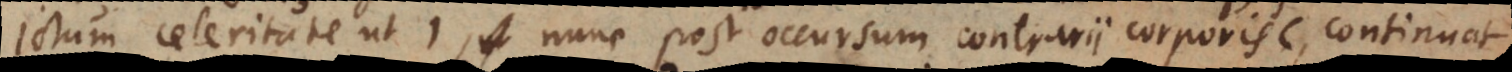
ictum celeritate ut l, nunc post occursum contrarii corporis C, continuat